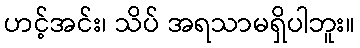
ဟင့်အင်း၊ သိပ် အရသာမရှိပါဘူး။